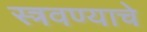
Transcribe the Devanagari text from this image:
स्त्रवण्याचे